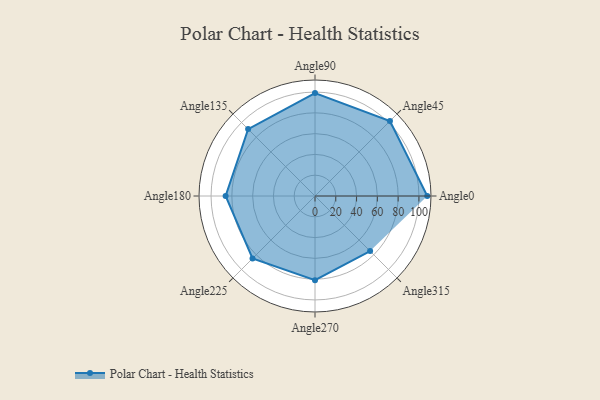
{"axis": {"x": "Angle", "y": "Radius"}, "legend": [""], "data": [{"x": "Angle0", "y": 108.0, "type": ""}, {"x": "Angle45", "y": 102.0, "type": ""}, {"x": "Angle90", "y": 99.0, "type": ""}, {"x": "Angle135", "y": 91.0, "type": ""}, {"x": "Angle180", "y": 86.0, "type": ""}, {"x": "Angle225", "y": 85.0, "type": ""}, {"x": "Angle270", "y": 81.0, "type": ""}, {"x": "Angle315", "y": 75.0, "type": ""}]}